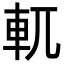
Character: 軏